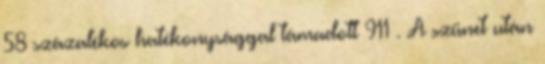
58 százalékos hatékonysággal támadott 911 . A szünet után